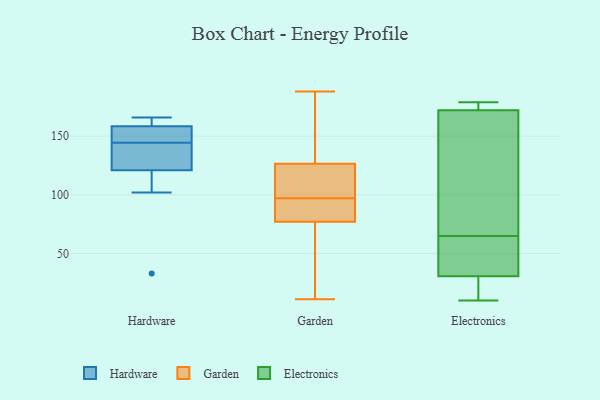
{"axis": {"x": "Page Views", "y": "Value"}, "legend": ["Electronics", "Garden", "Hardware"], "data": [{"x": "", "y": 33, "type": "Hardware"}, {"x": "", "y": 163, "type": "Hardware"}, {"x": "", "y": 145, "type": "Hardware"}, {"x": "", "y": 144, "type": "Hardware"}, {"x": "", "y": 126, "type": "Hardware"}, {"x": "", "y": 154, "type": "Hardware"}, {"x": "", "y": 165, "type": "Hardware"}, {"x": "", "y": 137, "type": "Hardware"}, {"x": "", "y": 166, "type": "Hardware"}, {"x": "", "y": 102, "type": "Hardware"}, {"x": "", "y": 147, "type": "Hardware"}, {"x": "", "y": 116, "type": "Hardware"}, {"x": "", "y": 78, "type": "Garden"}, {"x": "", "y": 144, "type": "Garden"}, {"x": "", "y": 107, "type": "Garden"}, {"x": "", "y": 11, "type": "Garden"}, {"x": "", "y": 72, "type": "Garden"}, {"x": "", "y": 188, "type": "Garden"}, {"x": "", "y": 111, "type": "Garden"}, {"x": "", "y": 160, "type": "Garden"}, {"x": "", "y": 76, "type": "Garden"}, {"x": "", "y": 105, "type": "Garden"}, {"x": "", "y": 79, "type": "Garden"}, {"x": "", "y": 142, "type": "Garden"}, {"x": "", "y": 104, "type": "Garden"}, {"x": "", "y": 56, "type": "Garden"}, {"x": "", "y": 90, "type": "Garden"}, {"x": "", "y": 87, "type": "Garden"}, {"x": "", "y": 33, "type": "Electronics"}, {"x": "", "y": 175, "type": "Electronics"}, {"x": "", "y": 23, "type": "Electronics"}, {"x": "", "y": 10, "type": "Electronics"}, {"x": "", "y": 179, "type": "Electronics"}, {"x": "", "y": 88, "type": "Electronics"}, {"x": "", "y": 64, "type": "Electronics"}, {"x": "", "y": 18, "type": "Electronics"}, {"x": "", "y": 171, "type": "Electronics"}, {"x": "", "y": 51, "type": "Electronics"}, {"x": "", "y": 177, "type": "Electronics"}, {"x": "", "y": 65, "type": "Electronics"}, {"x": "", "y": 114, "type": "Electronics"}]}